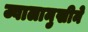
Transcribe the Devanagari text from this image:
ज्वालामुखीने